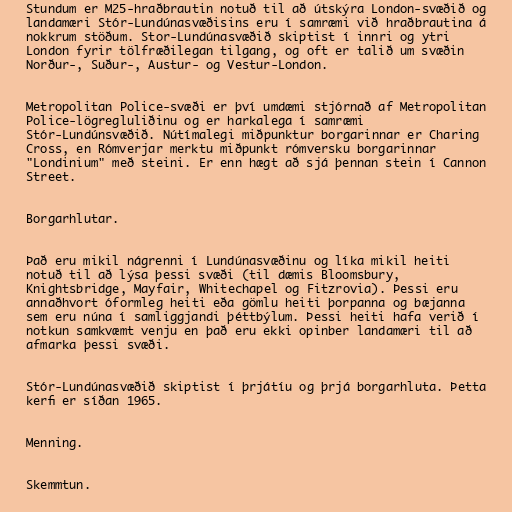
Stundum er M25-hraðbrautin notuð til að útskýra London-svæðið og
landamæri Stór-Lundúnasvæðisins eru í samræmi við hraðbrautina á
nokkrum stöðum. Stor-Lundúnasvæðið skiptist í innri og ytri
London fyrir tölfræðilegan tilgang, og oft er talið um svæðin
Norður-, Suður-, Austur- og Vestur-London.

Metropolitan Police-svæði er því umdæmi stjórnað af Metropolitan
Police-lögregluliðinu og er harkalega í samræmi
Stór-Lundúnsvæðið. Nútímalegi miðpunktur borgarinnar er Charing
Cross, en Rómverjar merktu miðpunkt rómversku borgarinnar
"Londinium" með steini. Er enn hægt að sjá þennan stein í Cannon
Street.

Borgarhlutar.

Það eru mikil nágrenni í Lundúnasvæðinu og líka mikil heiti
notuð til að lýsa þessi svæði (til dæmis Bloomsbury,
Knightsbridge, Mayfair, Whitechapel og Fitzrovia). Þessi eru
annaðhvort óformleg heiti eða gömlu heiti þorpanna og bæjanna
sem eru núna í samliggjandi þéttbýlum. Þessi heiti hafa verið í
notkun samkvæmt venju en það eru ekki opinber landamæri til að
afmarka þessi svæði.

Stór-Lundúnasvæðið skiptist í þrjátíu og þrjá borgarhluta. Þetta
kerfi er síðan 1965.

Menning.

Skemmtun.